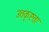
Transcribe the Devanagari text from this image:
उतकृष्टता